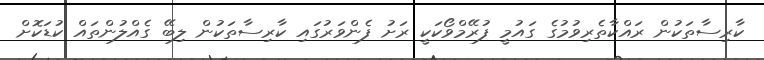
ކާރިސާތަކުން ރައްކާތެރިވުމުގެ ގައުމީ ފުރޭމްވޯކަކީ ރަށު ފެންވަރުގައި ކާރިސާތަކުން ލިބޭ ގެއްލުންތައް ކުޑަކޮށް